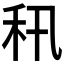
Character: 𥝡